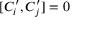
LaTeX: [ C _ { i } ^ { \prime } , C _ { j } ^ { \prime } ] = 0 \,